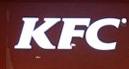
kfc